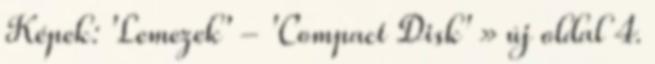
Képek: 'Lemezek' - 'Compact Disk' » új oldal 4.